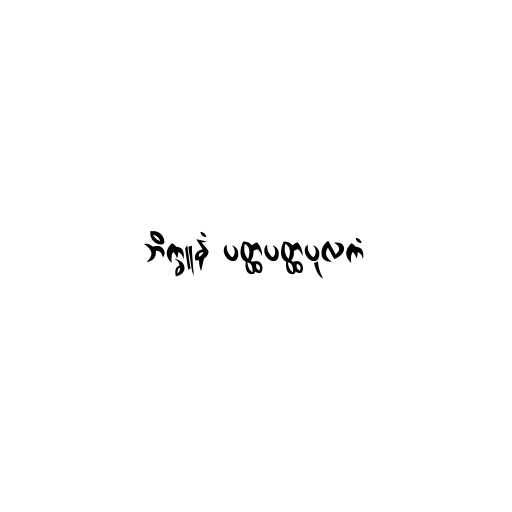
ဘိက္ခူနံ ပတ္ထပတ္ထပုလကံ